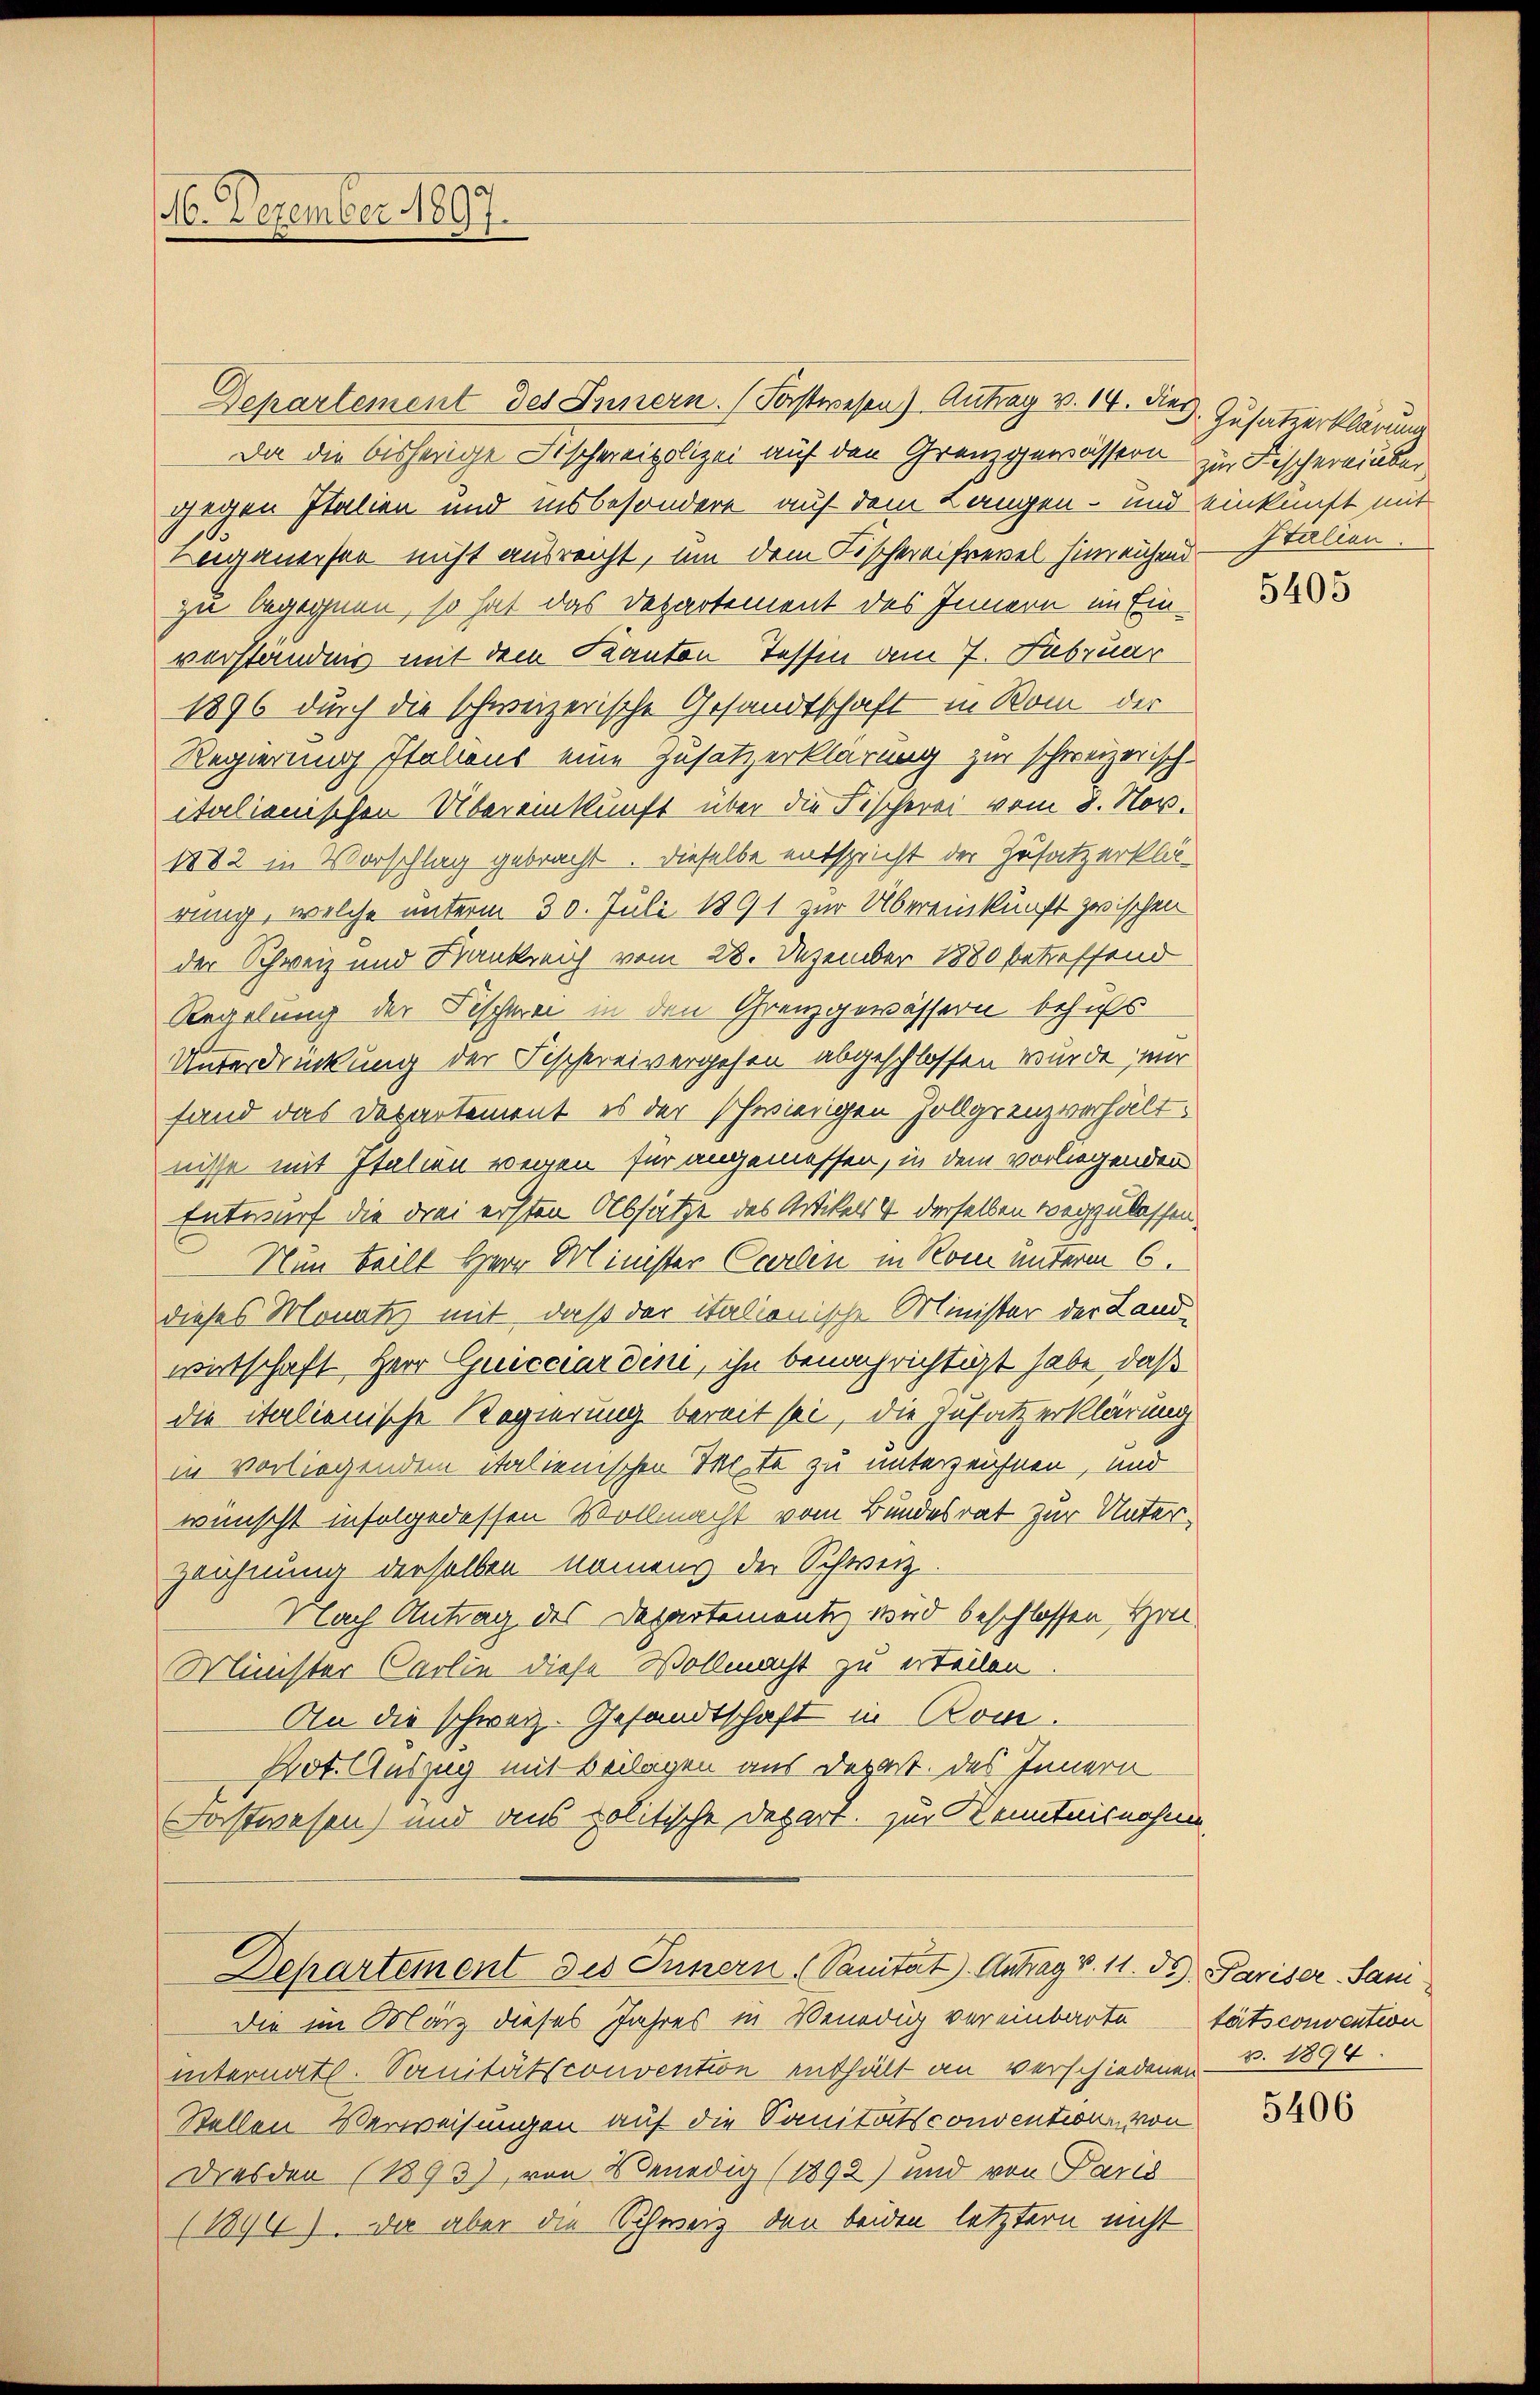
Departement des Innern. (Forstwesen) Antrag v. 14. des Zusatzerklärung
Da die bisherige Fischeeipolizei auf den Grenzgewässern zur Fischereinber
gegen Italien und insbesondere auf dem Langen - und einkunft mit
Augenerser nicht ausreicht, um dem Fischereifrevel hinreichend - Stallen.
zu begegnen, so hat das Departement des Innern im Einverständnis mit dem Kanton Tessin vom 7. Februar
1896 durch die schweizerische Gesandtschaft in Rom der
Regierung Italiens eine Zusatzerklärung zur schweizerisch
italienischen Übereinkunft über die Fischerei vom 8. Nov.
1882 in Vorschlag gebracht. Dieselbe entspricht der Zusatzerklärung, welche unterm 30. Juli 1891 zur Übereinkunft zwischen
der Schweiz und Bankreich vom 28. Dezember 1880 betreffend
Regelung der Fischerei in den Grenzgewässern behufs
Unterdrückung der Fischereivergehen abgeschlossen wurde, mir
fand das Departement es der schwierigen Zollgrenzverhältnisse mit Italien wegen für angemessen, in dem vorliegenden
Entwurf die drei ersten Absätze des Artikels 4 derselben wegzulassen.
Nun teilt Herr Minister Carten in Rom unterm 6.
dieses Monatiz mit, daß der italionische Minister der Landwirtschaft Herr Guicciardini, ihn benachrichtigt habe, daß
die italienische Regierung bereit sei, die Zusatzerklärung
in vorliegendem italienischen Seite zu unterzeichnen, und
wünscht infolgedessen Vollmacht vom Bundesrat zur Unter¬
Zeichnung derselben namens der Schweiz
Nach Antrag des Departementz wird beschlossen Hon
Minister Carlin diese Wollmacht zu erteilen
An die schweiz. Gesandtschaft in Kom¬
Pot. Auszug mit Beilagen aus Depart. des Innern
Forstwesen) und aus politische Depart. zur Kenntnisnahme
Departement des Innern Sanitat. Antrag v. 11. ds. Pariser Sanidie im März dieses Jahres in Benedig vereinbartetätsconvention
internath. Sanitätsconvention enthält an verschiedenen B. 1894.
Stellen Verweisungen auf die Sanitätsconvention von
Dresden (1893), von Venedig (1892) und von Paris
(1896). Da aber die Schweiz den beiden letztern nicht

16. Dezember 1897.

5405

5406